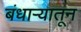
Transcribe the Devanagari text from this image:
बंधाऱ्यातून